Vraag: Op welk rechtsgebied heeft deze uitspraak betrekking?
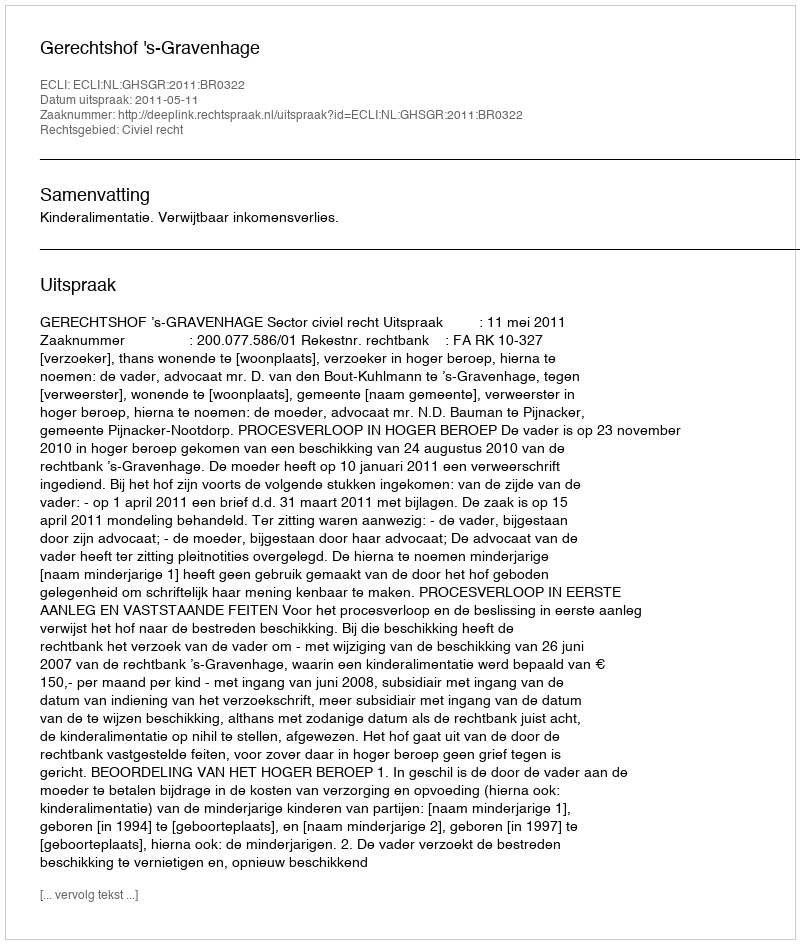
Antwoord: Civiel recht